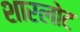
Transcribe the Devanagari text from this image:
शारलोट